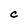
Character: C